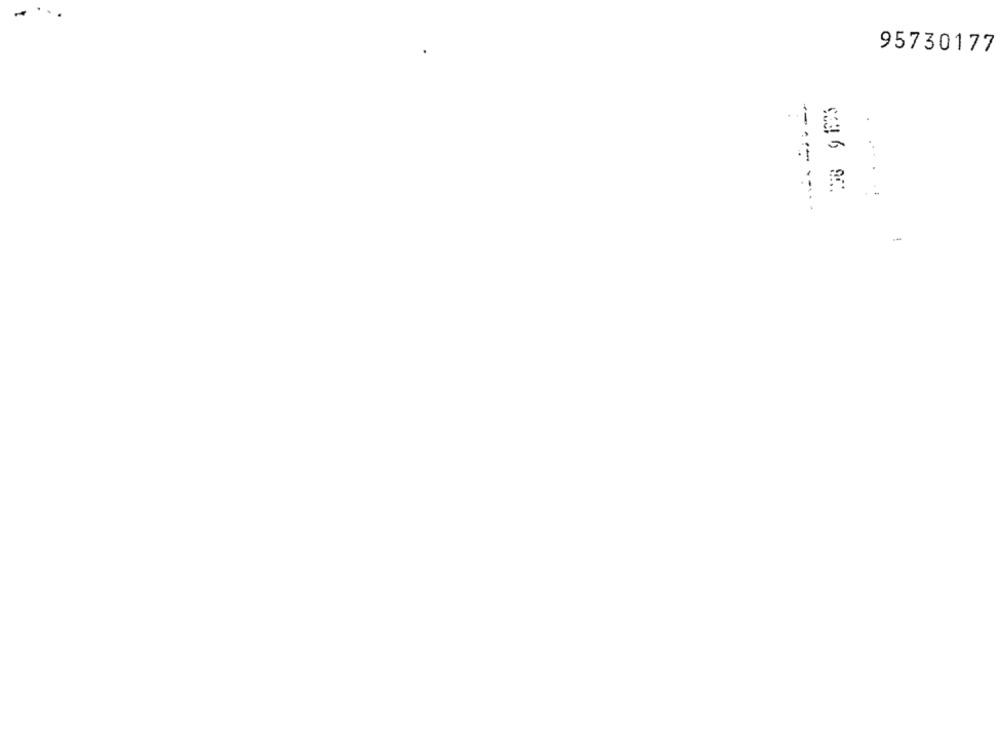
95730177
------